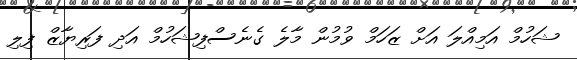
ޝަހުމް އަމިއްލަ އަށް ޒަހަމް ވުމުން މާލެ ގެނެސްފިޝަހުމް އަދި ފަރިޔާޒް ފިލި